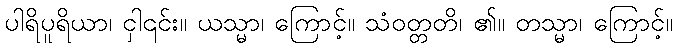
ပါရိပူရိယာ၊ ငှါ၎င်း။ ယသ္မာ၊ ကြောင့်။ သံဝတ္တတိ၊ ၏။ တသ္မာ၊ ကြောင့်။